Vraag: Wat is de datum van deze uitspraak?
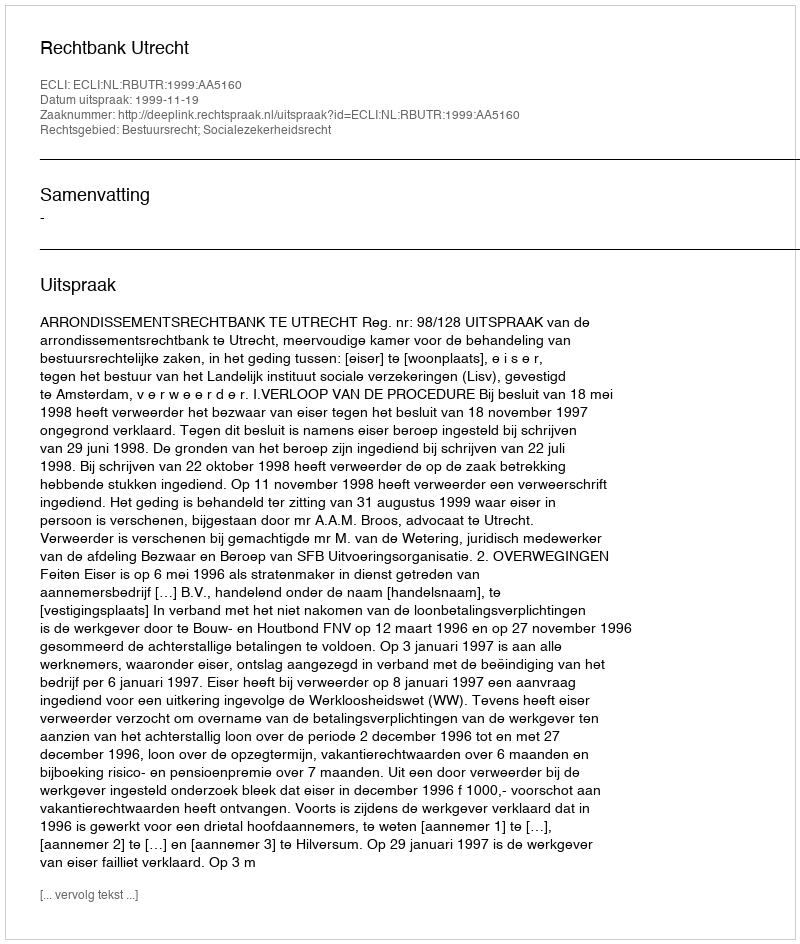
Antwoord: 1999-11-19